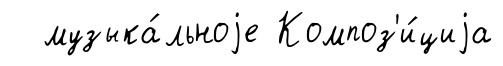
музыка́льноjе Композ'и́циjа